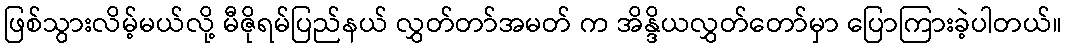
ဖြစ်သွားလိမ့်မယ်လို့ မီဇိုရမ်ပြည်နယ် လွှတ်တာ်အမတ် က အိန္ဒိယလွှတ်တော်မှာ ပြောကြားခဲ့ပါတယ်။